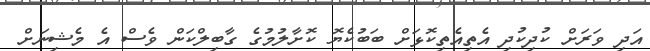
އަދި ވަރަށް ކުދިކުދި އެތިއެތިކޮޅަށް ބަބުކެޔޮ ކޮށާލުމުގެ ގާބިލްކަން ވެސް އެ މެޝިނަށް